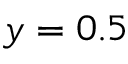
y = 0 . 5